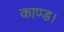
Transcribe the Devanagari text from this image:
काण्ड।